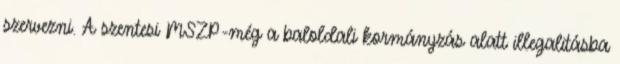
szervezni. A szentesi MSZP-még a baloldali kormányzás alatt illegalitásba